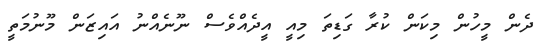
ދެން މީހުން މިކަން ކުރާ ގަޑިތަ މިއީ އީދެއްވެސް ނޫނެއްނު އައިޒަން މޫނުމަތީ